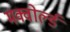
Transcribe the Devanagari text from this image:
मक्वोर्ल्ड